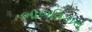
બાળવિકાસ